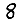
Digit: 8